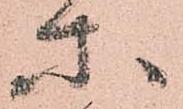
等